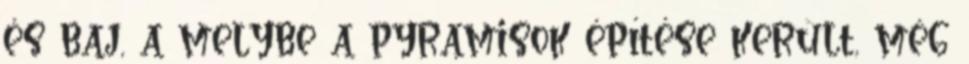
és baj, a melybe a pyramisok építése került, még